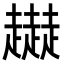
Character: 𧾜